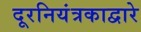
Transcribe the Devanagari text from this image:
दूरनियंत्रकाद्वारे